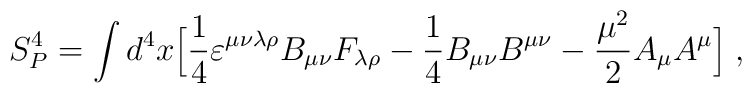
S_{P}^4 = \int d^4x\Bigl[{1 \over 4}\varepsilon^{\mu\nu\lambda\rho}B_{\mu\nu}F_{\lambda\rho} -{1 \over 4}B_{\mu\nu}B^{\mu\nu}-{\mu^2 \over 2}A_{\mu}A^{\mu}\Bigl]\;,